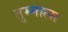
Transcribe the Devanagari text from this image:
तुम्माला